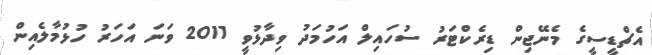
އެޗްޑީސީގެ މެނޭޖިން ޑިރެކްޓަރު ސުހައިލް އަހުމަދު ވިދާޅުވީ 2011 ވަނަ އަހަރު ހުޅުމާލެއިން